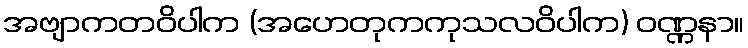
အဗျာကတဝိပါက (အဟေတုကကုသလဝိပါက) ဝဏ္ဏနာ။